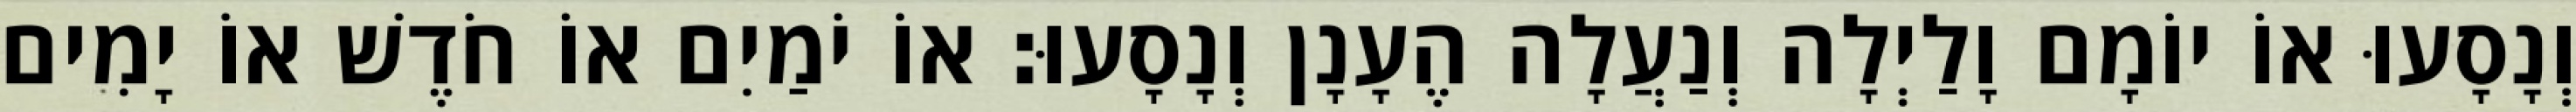
וְנָסָעוּ אוֹ יוֹמָם וָלַיְלָה וְנַעֲלָה הֶעָנָן וְנָסָעוּ׃ אוֹ יֹמַיִם אוֹ חֹדֶשׁ אוֹ יָמִים